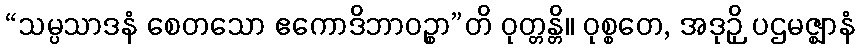
“သမ္ပသာဒနံ စေတသော ဧကောဒိဘာဝဉ္စာ”တိ ဝုတ္တန္တိ။ ဝုစ္စတေ, အဒုဉှိ ပဌမဇ္ဈာနံ